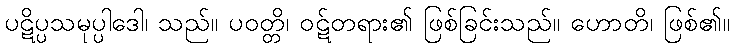
ပဋိပ္ပသမုပ္ပါဒေါ၊ သည်။ ပဝတ္တိ၊ ဝဋ်တရား၏ ဖြစ်ခြင်းသည်။ ဟောတိ၊ ဖြစ်၏။